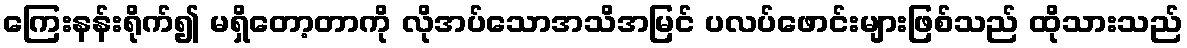
ကြေးနန်းရိုက်၍ မရှိတော့တာကို လိုအပ်သောအသိအမြင် ပလပ်ဖောင်းများဖြစ်သည် ထိုသားသည်